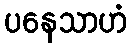
ပနေသာဟံ